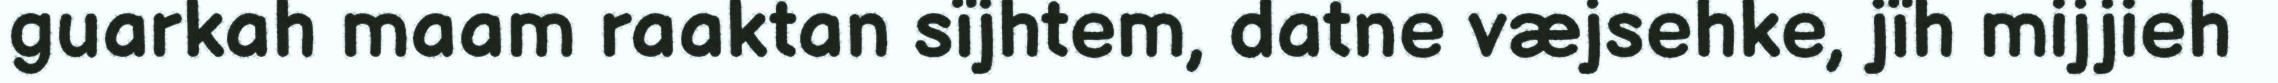
guarkah maam raaktan sïjhtem, datne væjsehke, jïh mijjieh